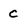
Character: c